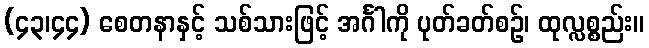
(၄၃၊၄၄) စေတနာနှင့် သစ်သားဖြင့် အင်္ဂါကို ပုတ်ခတ်စဉ်၊ ထုလ္လစ္စည်း။